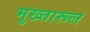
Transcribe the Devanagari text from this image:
मुख्तारूल